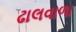
ઢાલવાળા